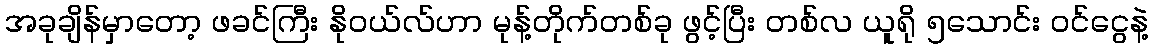
အခုချိန်မှာတော့ ဖခင်ကြီး နိုဝယ်လ်ဟာ မုန့်တိုက်တစ်ခု ဖွင့်ပြီး တစ်လ ယူရို ၅သောင်း ဝင်ငွေနဲ့